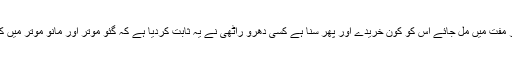
ارے بھائی جو چیز مفت میں مل جائے اس کو کون خریدے اور پھر سنا ہے کسی دھرو راٹھی نے یہ ثابت کردیا ہے کہ گئو موتر اور مانو موتر میں کوئی فرق نہیں ہے۔